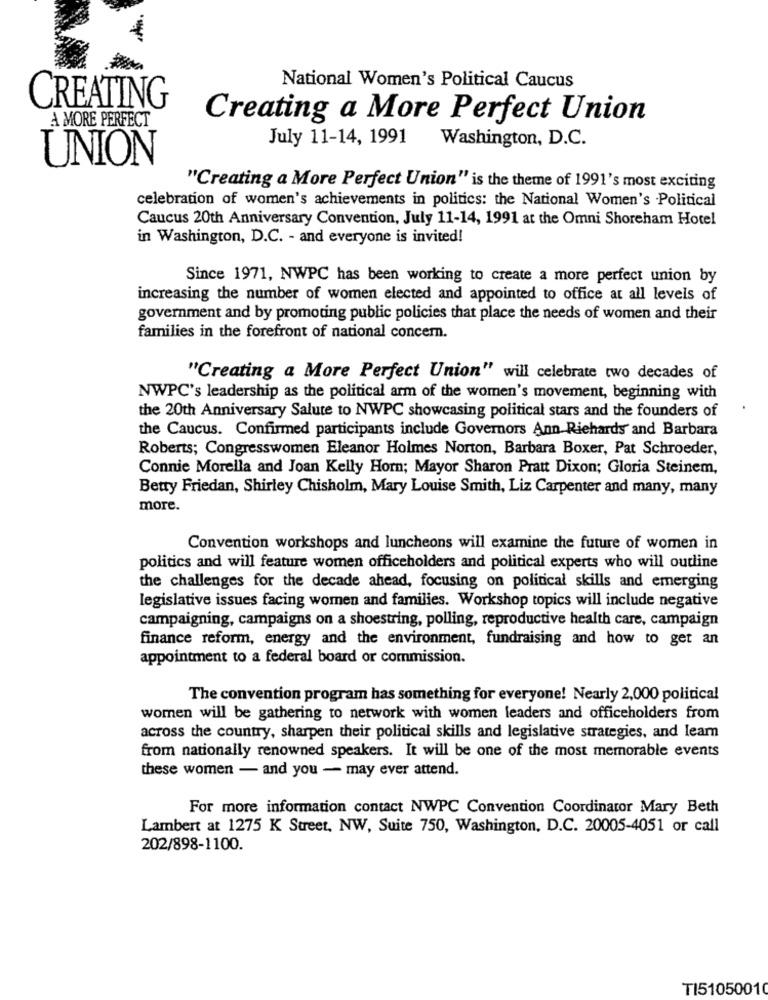
National Women's Political Caucus
CREATING
A MORE PERFECT
Creating a More Perfect Union
Washington, D.C.
July 11-14, 1991
UNION
"Creating a More Perfect Union" is the theme of 1991's most exciting
celebration of women's achievements in politics: the National Women's Political
Caucus 20th Anniversary Convention, July 11-14, 1991 at the Omni Shoreham Hotel
in Washington, D.C. - and everyone is invited!
Since 1971, NWPC has been working to create a more perfect union by
increasing the number of women elected and appointed to office at all levels of
government and by promoting public policies that place the needs of women and their
families in the forefront of national concern.
"Creating a More Perfect Union" will celebrate two decades of
NWPC's leadership as the political arm of the women's movement, beginning with
the 20th Anniversary Salute to NWPC showcasing political stars and the founders of
the Caucus. Confirmed participants include Governors Ann Richards and Barbara
Roberts; Congresswomen Eleanor Holmes Norton, Barbara Boxer, Pat Schroeder,
Connie Morella and Joan Kelly Horn; Mayor Sharon Pratt Dixon; Gloria Steinem,
Betty Friedan, Shirley Chisholm, Mary Louise Smith, Liz Carpenter and many, many
more.
Convention workshops and luncheons will examine the future of women in
politics and will feature women officeholders and political experts who will outline
the challenges for the decade ahead, focusing on political skills and emerging
legislative issues facing women and families. Workshop topics will include negative
campaigning, campaigns on a shoestring, polling, reproductive health care, campaign
finance reform, energy and the environment, fundraising and how to get an
appointment to a federal board or commission.
The convention program has something for everyone! Nearly 2,000 political
women will be gathering to network with women leaders and officeholders from
across the country, sharpen their political skills and legislative strategies, and learn
from nationally renowned speakers. It will be one of the most memorable events
these women - and you - may ever attend.
For more information contact NWPC Convention Coordinator Mary Beth
Lambert at 1275 K Street, NW, Suite 750, Washington, D.C. 20005-4051 or call
202/898-1100.
TI51050010